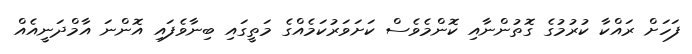
ފަހަށް ރައްކާ ކުރުމުގެ ގޮތުންނާއި ކޮންމެވެސް ކަށަވަރުކަމެއްގެ މަތީގައި ބިނާވެފައި އޮންނަ އާމްދަނީއެއް